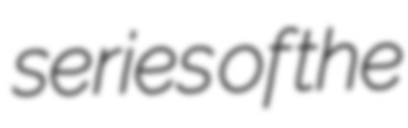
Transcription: series of the